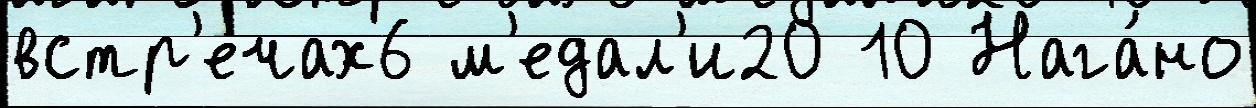
встр'ечах6 м'едал'и20 10 Нага́но